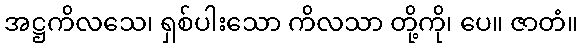
အဋ္ဌကိလသေ၊ ရှစ်ပါးသော ကိလသာ တို့ကို၊ ပေ။ ဇာတံ။